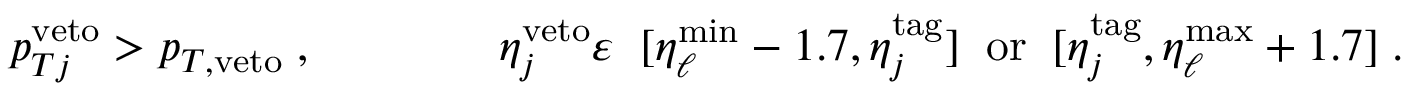
p _ { T j } ^ { \mathrm { v e t o } } > p _ { T , \mathrm { v e t o } } \; , \qquad \qquad \eta _ { j } ^ { \mathrm { v e t o } } \varepsilon \; \; [ \eta _ { \ell } ^ { \mathrm { m i n } } - 1 . 7 , \eta _ { j } ^ { \mathrm { t a g } } ] \; \; \mathrm { o r } \; \; [ \eta _ { j } ^ { \mathrm { t a g } } , \eta _ { \ell } ^ { \mathrm { m a x } } + 1 . 7 ] \; .